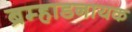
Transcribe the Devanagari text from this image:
ब्रम्हाडनायक